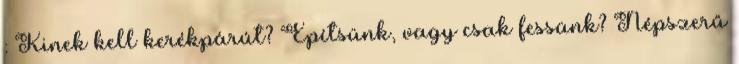
: Kinek kell kerékpárút? Építsünk, vagy csak fessünk? Népszerű